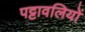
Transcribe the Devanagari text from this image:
पट्टावलियों